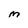
Character: M